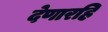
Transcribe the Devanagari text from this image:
देणारहि